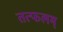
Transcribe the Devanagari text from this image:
तत्फलम्